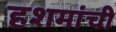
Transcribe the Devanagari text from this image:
हशमांची